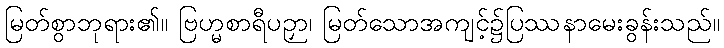
မြတ်စွာဘုရား၏။ ဗြဟ္မစာရီပဉှာ၊ မြတ်သောအကျင့်၌ပြဿနာမေးခွန်းသည်။